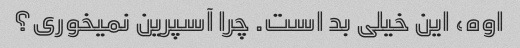
اوه، این خیلی بد است. چرا آسپرین نمیخوری؟